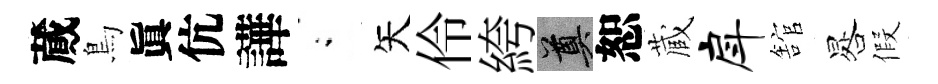
蕆鳥眞伉譁閤矢伶絝奠恕蔵戽舘晷假